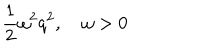
{ \frac { 1 } { 2 } } \omega ^ { 2 } q ^ { 2 } , \quad \omega > 0